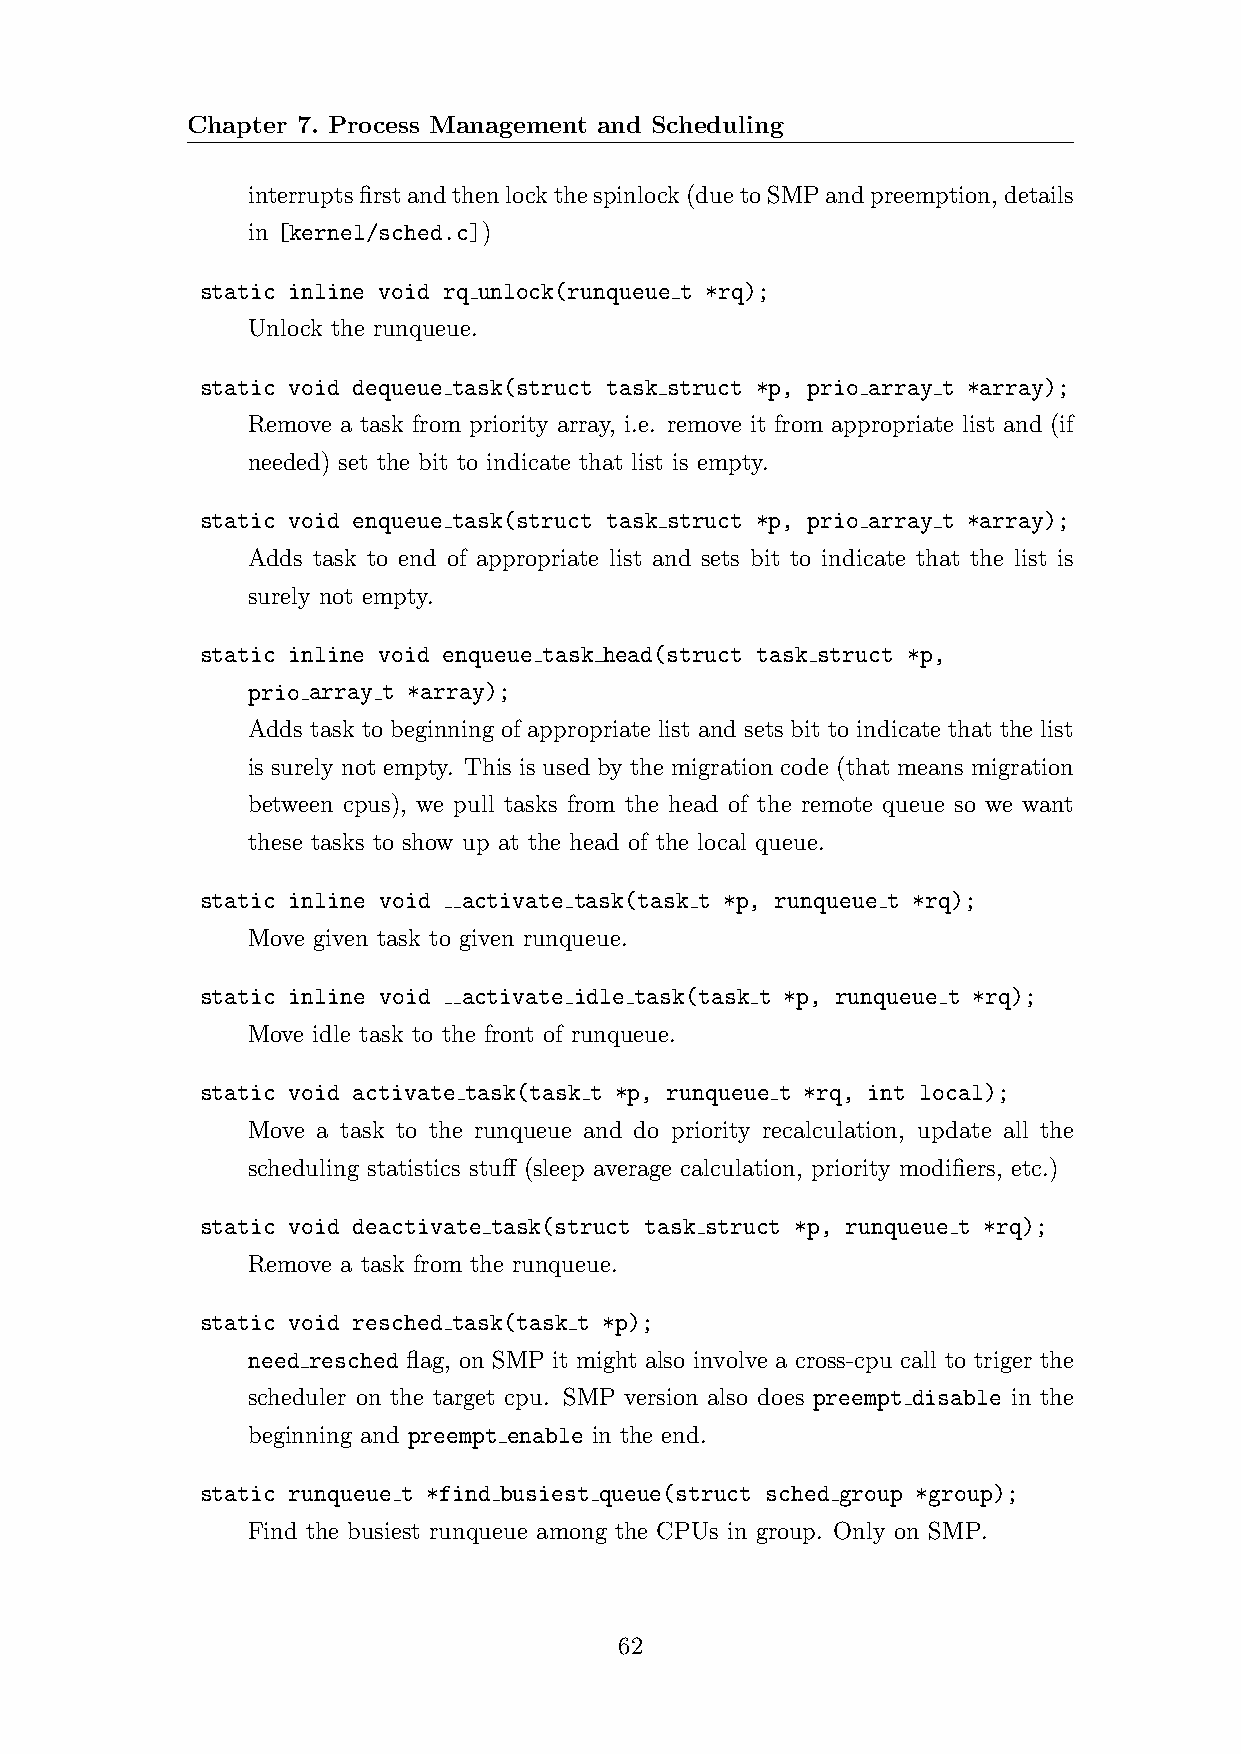
Chapter 7. Process Management and Scheduling
 interruptsfirstandthenlockthespinlock(duetoSMPandpreemption, details
 in [kernel/sched.c])
 static inline void rq unlock(runqueue t *rq);
 Unlock the runqueue.
 static void dequeue task(struct task struct *p, prio array t *array);
 Remove a task from priority array, i.e. remove it from appropriate list and (if
 needed) set the bit to indicate that list is empty.
 static void enqueue task(struct task struct *p, prio array t *array);
 Adds task to end of appropriate list and sets bit to indicate that the list is
 surely not empty.
 static inline void enqueue task head(struct task struct *p,
 prio array t *array);
 Adds task to beginning of appropriate list and sets bit to indicate that the list
 is surely not empty. This is used by the migration code (that means migration
 between cpus), we pull tasks from the head of the remote queue so we want
 these tasks to show up at the head of the local queue.
 static inline void activate task(task t *p, runqueue t *rq);
 Move given task to given runqueue.
 static inline void activate idle task(task t *p, runqueue t *rq);
 Move idle task to the front of runqueue.
 static void activate task(task t *p, runqueue t *rq, int local);
 Move a task to the runqueue and do priority recalculation, update all the
 scheduling statistics stuff (sleep average calculation, priority modifiers, etc.)
 static void deactivate task(struct task struct *p, runqueue t *rq);
 Remove a task from the runqueue.
 static void resched task(task t *p);
 need resched flag, on SMP it might also involve a cross-cpu call to triger the
 scheduler on the target cpu. SMP version also does preempt disable in the
 beginning and preempt enable in the end.
 static runqueue t *find busiest queue(struct sched group *group);
 Find the busiest runqueue among the CPUs in group. Only on SMP.
 62